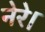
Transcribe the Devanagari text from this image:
नेरे।